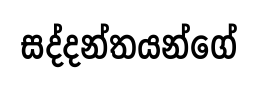
සද්දන්තයන්ගේ